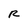
Character: R